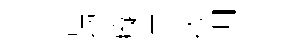
部拖癡潢龄惆